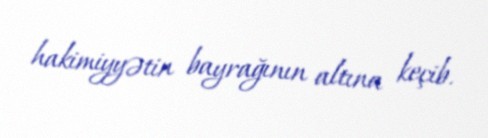
hakimiyyətin bayrağının altına keçib.